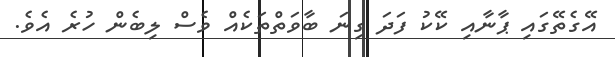
އޭގެތޭގައި ޕާނާއި ކޭކު ފަދަ ގިނަ ބާވަތްތަކެއް ވެސް ލިބެން ހުރެ އެވެ.